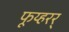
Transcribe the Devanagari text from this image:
फूय्हरर्